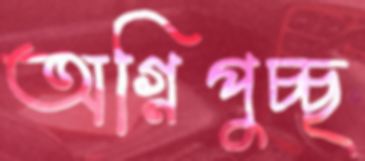
অগ্নিপুচ্ছ